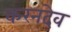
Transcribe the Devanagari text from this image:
करनदेव